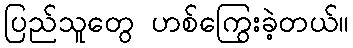
ပြည်သူတွေ ဟစ်ကြွေးခဲ့တယ်။